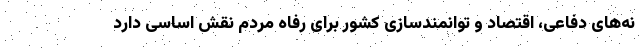
نه‌های دفاعی، اقتصاد و توانمندسازی کشور برای رفاه مردم نقش اساسی دارد